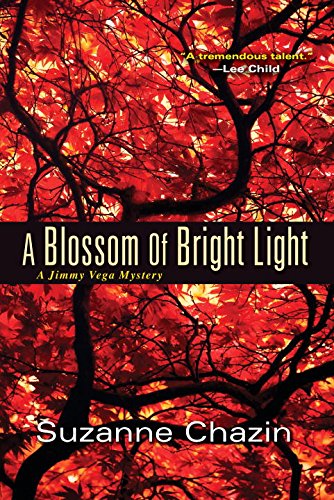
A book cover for A Blossom of Bright Light (A Jimmy Vega Mystery); Suzanne Chazin; Literature & Fiction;